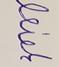
Signature authenticity: forged